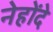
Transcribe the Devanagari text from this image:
नेहोंदे